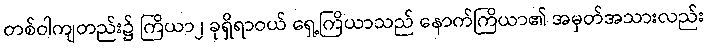
တစ်ဝါကျတည်း၌ ကြိယာ၂ ခုရှိရာဝယ် ရှေ့ကြိယာသည် နောက်ကြိယာ၏ အမှတ်အသားလည်း